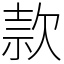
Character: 款